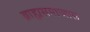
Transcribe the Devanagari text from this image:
ब्राह्मसमाजास